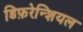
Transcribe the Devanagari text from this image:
डिफ़रेन्शियल